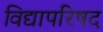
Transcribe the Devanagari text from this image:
विद्यापरिषद